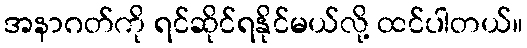
အနာဂတ်ကို ရင်ဆိုင်ရနိုင်မယ်လို့ ထင်ပါတယ်။